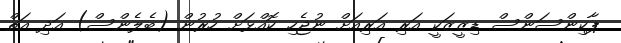
ޕާކިންސަންސް ޑިޒީޒަކީ އަރި އަރިއަށް ނުޖެހި ކޮއްޅަށް ހުރުން (ބެލެންސް) އަދި އަތް